Annual report of the Punjab Veterinary College and of the Civil Veterinary Department, Punjab - 1926-1932
Year: 1926
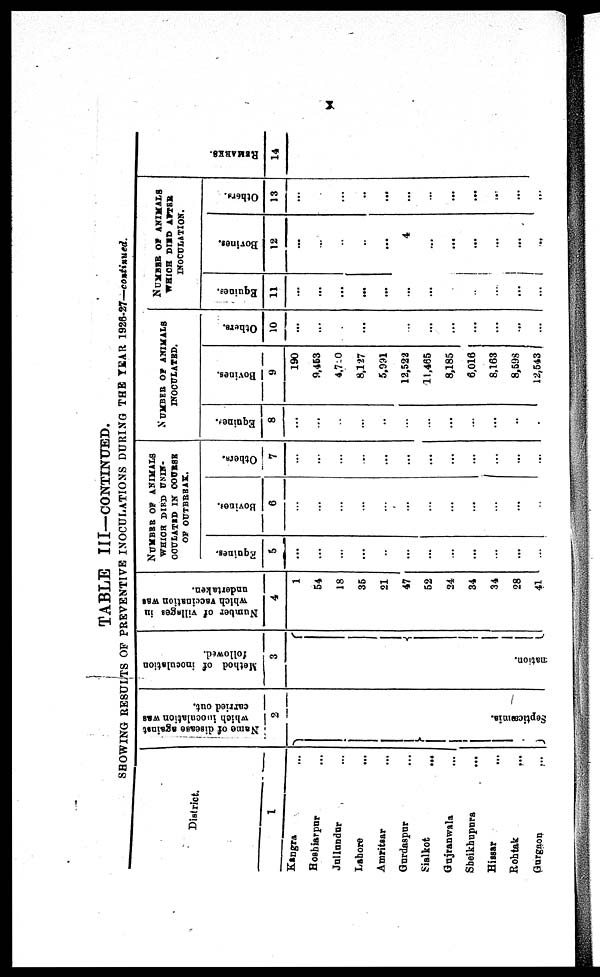
x
TABLE III—CONTINUED.
SHOWING RESULTS OF PREVENTIVE INOCULATIONS DURING THE YEAR 1926-27—continued.
District.
1
Kangra ...
Hoshiarpur ...
Jullundur ...
Lahore ...
Amritsar ...
Gurdaspur ...
Sialkot ...
Gujranwala ...
Sheikhupura ...
Hissar ...
Rohtak ...
Gurgaon
...
Name of disease against
which inoculation was
carried out.
2
Septicæmia.
Method of inoculation
followed.
3
nation.
Number of villages in
which vaccination was
undertaken.
4
1
54
18
35
21
47
52
24
34
34
28
41
NUMBER OF ANIMALS
WHICH DIRD UNIN¬
OCULATED IN COURSE
OF OUTBREAK.
Equines.
5
...
...
...
...
...
...
...
...
...
...
...
...
Bovines.
6
...
...
...
...
...
...
...
...
...
...
...
...
Others.
7
...
...
...
...
...
...
...
...
...
...
...
...
NNUMBER OF ANIMALS
INOCULATED.
Equines.
8
...
...
...
...
...
...
...
...
...
...
...
...
Bovines.
9
190
9,453
4,720
8,127
5,991
12,522
11,465
8,185
6,016
8,163
8,598
12,543
Others.
10
...
...
...
...
...
...
...
...
...
...
...
...
NUMBER OF ANIMALS
WHICH DIED AFTER
INOCULATION.
Equines.
11
...
...
...
...
...
...
...
...
...
...
...
...
Bovines.
12
...
...
...
..
...
4
...
...
...
...
...
...
Others.
13
...
...
...
..
...
...
...
...
...
...
...
...
RE MARKS .
14